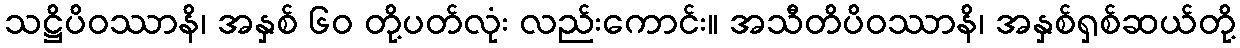
သဋ္ဌိပိဝဿာနိ၊ အနှစ် ၆၀ တို့ပတ်လုံး လည်းကောင်း။ အသီတိပိဝဿာနိ၊ အနှစ်ရှစ်ဆယ်တို့